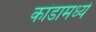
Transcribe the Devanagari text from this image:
कांडामध्ये